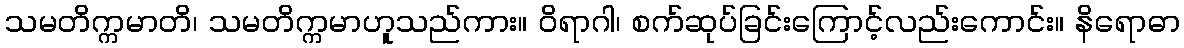
သမတိက္ကမာတိ၊ သမတိက္ကမာဟူသည်ကား။ ဝိရာဂါ၊ စက်ဆုပ်ခြင်းကြောင့်လည်းကောင်း။ နိရောဓာ